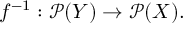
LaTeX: f ^ { - 1 } : { \mathcal { P } } ( Y ) \to { \mathcal { P } } ( X ) .